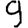
Digit: 9